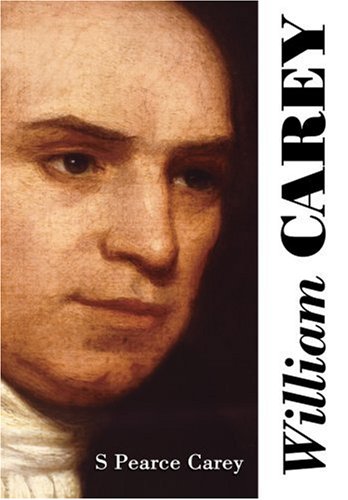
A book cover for William Carey; S Pearce Carey; Christian Books & Bibles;